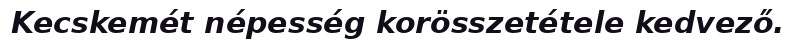
Kecskemét népesség korösszetétele kedvező.